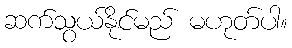
ဆက်သွယ်နိုင်မည် မဟုတ်ပါ။